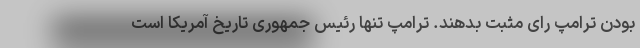
بودن ترامپ رای مثبت بدهند. ترامپ تنها رئیس جمهوری تاریخ آمریکا است